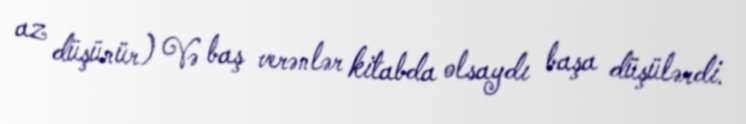
az düşünür) Və baş verənlər kitabda olsaydı başa düşülərdi.